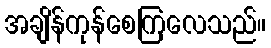
အချိန်ကုန်စေကြလေသည်။